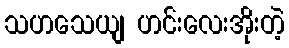
သဟသေယျ ဟင်းလေးအိုးတဲ့